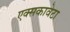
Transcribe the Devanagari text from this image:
एक्सकावेटा